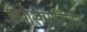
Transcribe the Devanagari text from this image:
एपोसेमाटिज़म